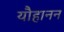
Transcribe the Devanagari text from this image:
यौहानन